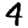
Digit: 4